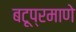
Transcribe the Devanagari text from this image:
बटूप्रमाणे